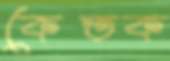
কেতক